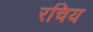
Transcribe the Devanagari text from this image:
रचिय